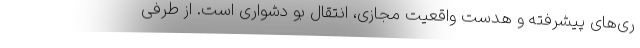
ری‌های پیشرفته و هدست‌ واقعیت مجازی، انتقال بو دشواری است. از طرفی